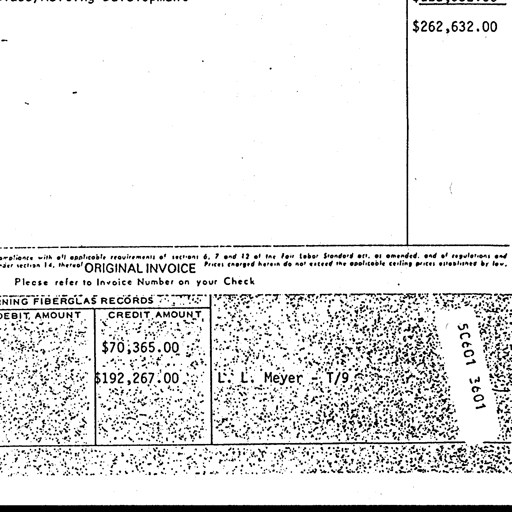
$262,632.00
compliance with all applicable requirements of sections 6, 7 and 12 of the Fair Labor Standard act, as amended, and of regulations and
under section 14, thereof ORIGINAL INVOICE Prices charged herein do not exceed the applicable ceiling prices established by law.
Please refer to Invoice Number on your Check
NING FIBERGLAS RECORDS
DEBIT AMOUNT CREDIT AMOUNT
$70,365.00
$192,267.00 L. L. Meyer - T/9 5C601 3601